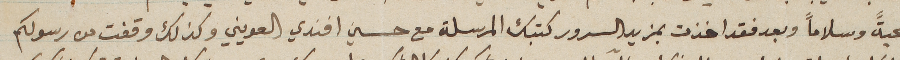
تحيةً وسلاماً وبعد فقد اخذت بمزيد السرور كتبك المرسلة مع حسين افندي العويني وكذلك وقفت من رسولكم